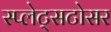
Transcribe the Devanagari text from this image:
स्प्लेट्सटोसर